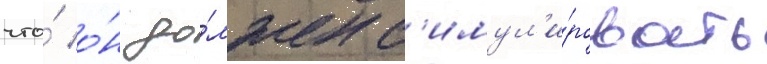
что́ о́н до́лжен с'имул'и́ровать